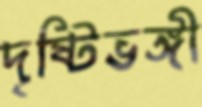
দৃষ্টিভঙ্গী